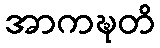
အာကဍ္ဎတိ